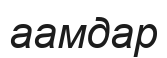
аамдар